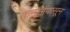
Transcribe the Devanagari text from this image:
कनुर्लपासून